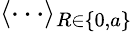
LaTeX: \langle\cdots\rangle_{R\in\{ 0,a\} }